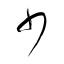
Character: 少